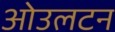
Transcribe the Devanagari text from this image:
ओउलटन